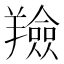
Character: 羷